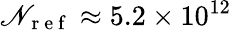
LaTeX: \mathscr{N}_{\mathrm{~r~e~f~}}\approx 5.2\times 10^{12}